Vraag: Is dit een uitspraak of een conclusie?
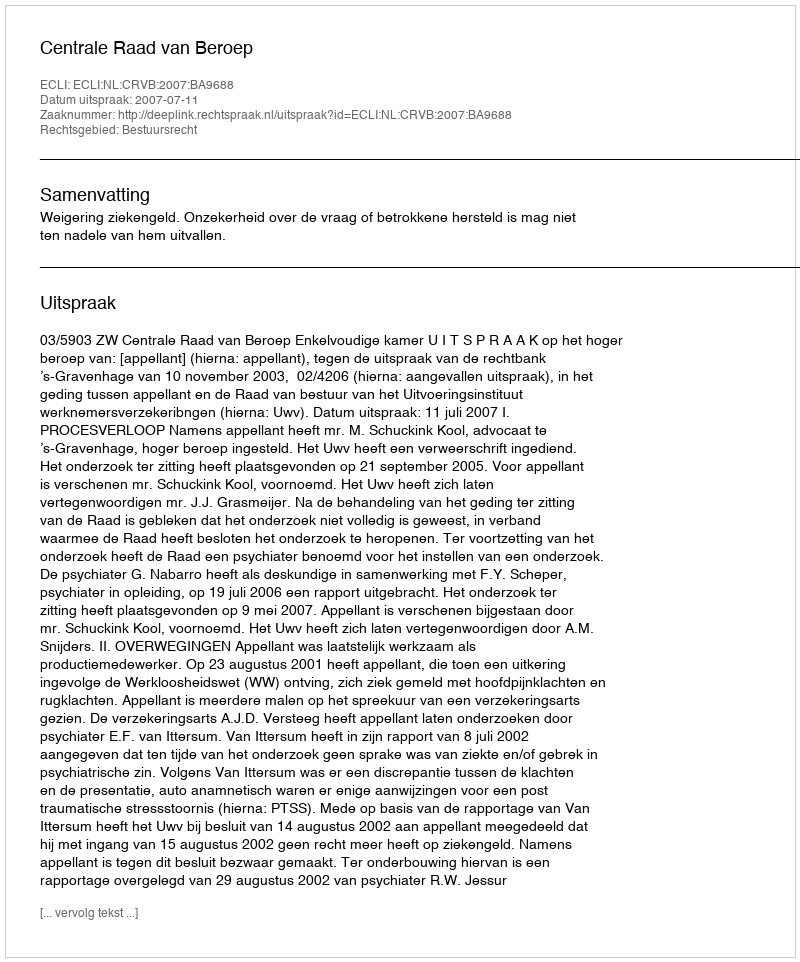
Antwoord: Uitspraak